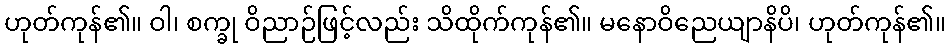
ဟုတ်ကုန်၏။ ဝါ၊ စက္ခု ဝိညာဉ်ဖြင့်လည်း သိထိုက်ကုန်၏။ မနောဝိညေယျာနိပိ၊ ဟုတ်ကုန်၏။